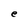
Character: e